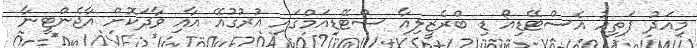
މިއަދު ފަތިހު އެސްޓޭޑިއޯ ޑި ބްރެޒީލިއާ ސްޓޭޑިއަމްގައި އުރުގުއޭ އާއި ވާދަކޮށް އާޖެންޓީނާ